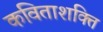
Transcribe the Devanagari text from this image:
कविताशक्ति